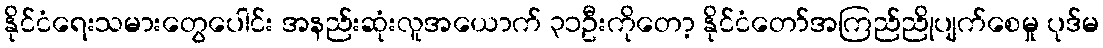
နိုင်ငံရေးသမားတွေပေါင်း အနည်းဆုံးလူအယောက် ၃၁ဦးကိုတော့ နိုင်ငံတော်အကြည်ညိုပျက်စေမှု ပုဒ်မ